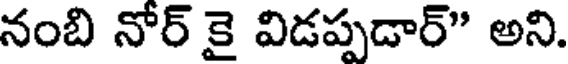
నంబి నోర్ కై విడప్పడార్" అని.